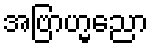
အဗြာဟ္မညော